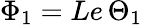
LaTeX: \Phi_{1}=Le\, \Theta_{1}